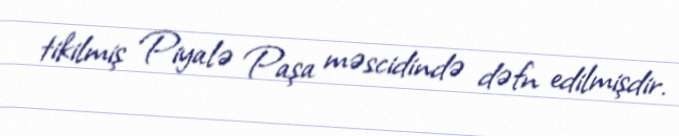
tikilmiş Piyalə Paşa məscidində dəfn edilmişdir.